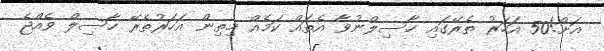
އަށް!50 އަހަރު ތެރޭގައި ހާސިލްނުވާ އެތައް ކަމެއް މިތިން އަހަރުތެރޭ ހާސިލް ވެއްޖެ